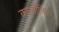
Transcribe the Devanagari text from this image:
कालोनिया